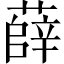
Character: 薛